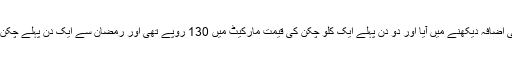
رمضان کی آمد سے پہلے چکن گوشت کی قیمتوں میں بھی اضافہ دیکھنے میں آیا اور دو دن پہلے ایک کلو چکن کی قیمت مارکیٹ میں 130 روپے تھی اور رمضان سے ایک دن پہلے چکن کی ایک کلو قیمت میں 35 روپے اضافہ دیکھنے میں آیا۔